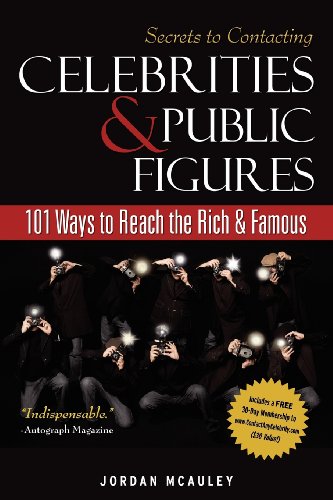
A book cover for Secrets to Contacting Celebrities: 101 Ways to Reach the Rich and Famous; Jordan McAuley; Crafts, Hobbies & Home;